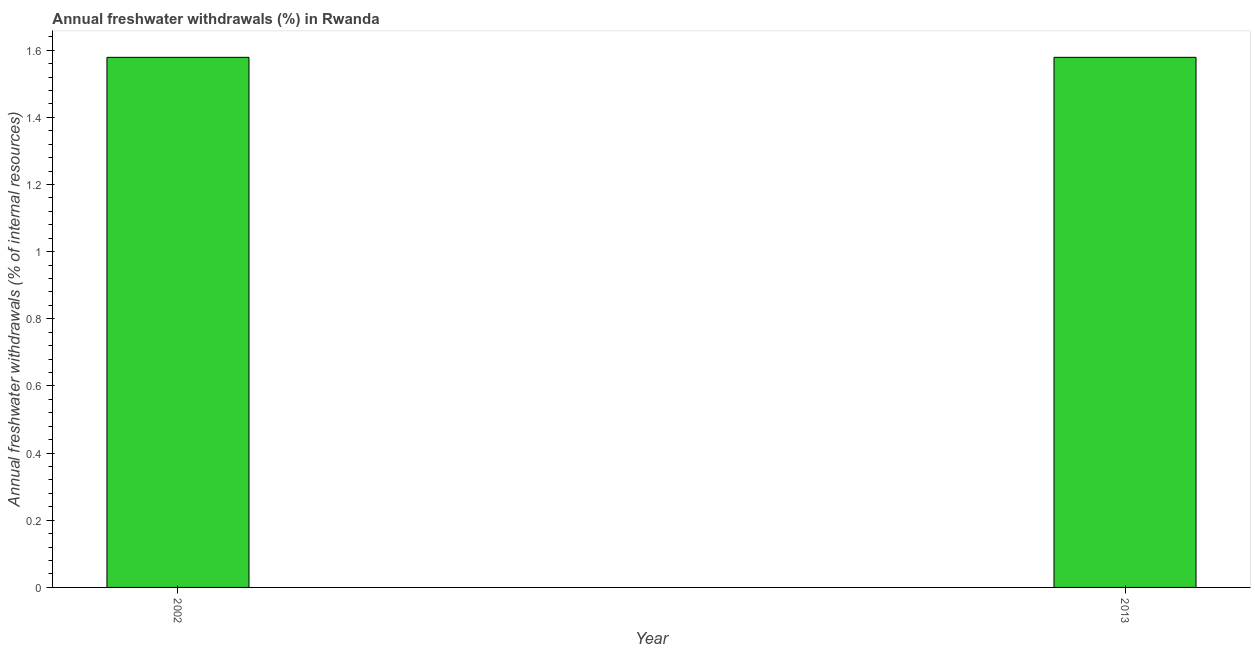
| Year | Annual freshwater withdrawals |
 | --- | --- |
 | 2002 | 1.58 |
 | 2013 | 1.58 |